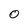
Character: O